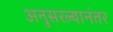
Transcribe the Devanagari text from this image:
अनुसरल्यानंतर